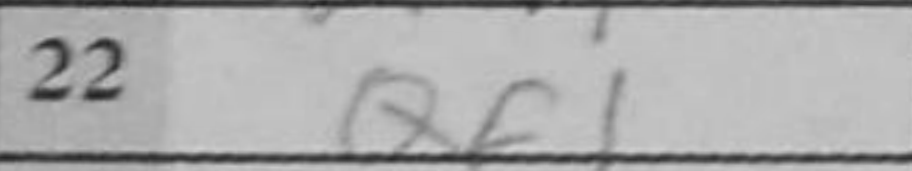
Transcription: Qf1